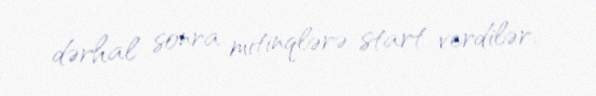
dərhal sonra mitinqlərə start verdilər.